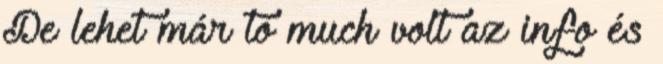
De lehet már to much volt az info és